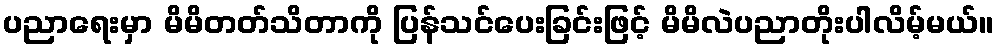
ပညာရေးမှာ မိမိတတ်သိတာကို ပြန်သင်ပေးခြင်းဖြင့် မိမိလဲပညာတိုးပါလိမ့်မယ်။